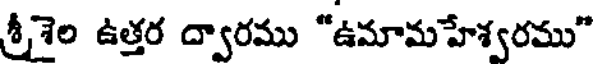
శ్రీశైల ఉత్తర ద్వారము "ఉమామహేశ్వరము"